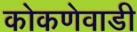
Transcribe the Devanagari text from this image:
कोकणेवाडी